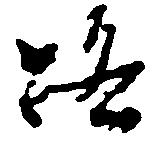
路